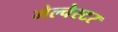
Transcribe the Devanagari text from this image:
मेल्चेस्टर